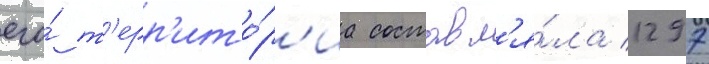
его́ т'ерр'ито́р'иа составл'я́ла 1297